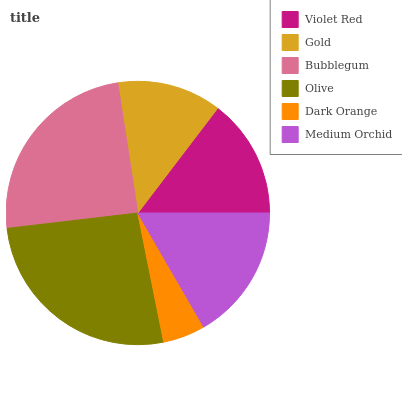
| Violet Red | Gold | Bubblegum | Olive | Dark Orange | Medium Orchid |
 | --- | --- | --- | --- | --- | --- |
 | 14.6% | 12.8% | 24.4% | 26.3% | 5.19% | 16.7% |